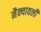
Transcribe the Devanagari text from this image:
मैक्यावली